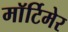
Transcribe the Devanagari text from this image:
माॅर्टिमेर